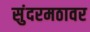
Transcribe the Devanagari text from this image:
सुंदरमठावर